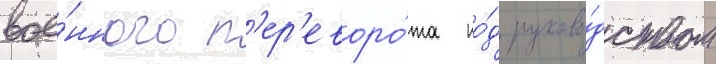
вое́нного п'ер'еворо́та по́д руково́дством